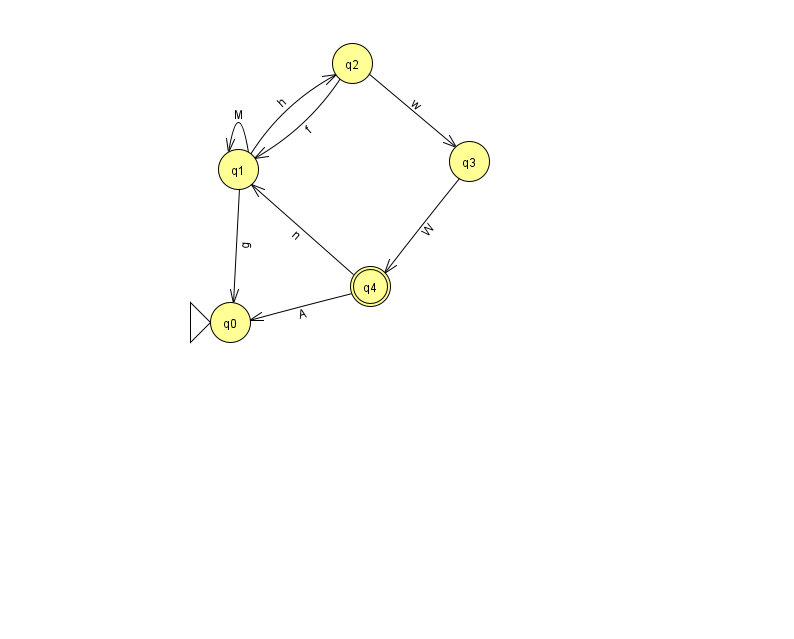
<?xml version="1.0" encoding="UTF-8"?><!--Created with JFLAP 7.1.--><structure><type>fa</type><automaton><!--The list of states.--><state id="0" name="q0"><x>230.0</x><y>309.0</y><initial/></state><state id="1" name="q1"><x>238.0</x><y>156.0</y></state><state id="2" name="q2"><x>352.0</x><y>50.0</y></state><state id="3" name="q3"><x>469.0</x><y>148.0</y></state><state id="4" name="q4"><x>370.0</x><y>273.0</y><final/></state><!--The list of transitions.--><transition><from>4</from><to>1</to><read>n</read></transition><transition><from>2</from><to>3</to><read>w</read></transition><transition><from>2</from><to>1</to><read>f</read></transition><transition><from>1</from><to>0</to><read>g</read></transition><transition><from>3</from><to>4</to><read>W</read></transition><transition><from>1</from><to>1</to><read>M</read></transition><transition><from>1</from><to>2</to><read>h</read></transition><transition><from>4</from><to>0</to><read>A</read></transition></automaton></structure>